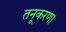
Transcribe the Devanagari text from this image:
तनूकरण।